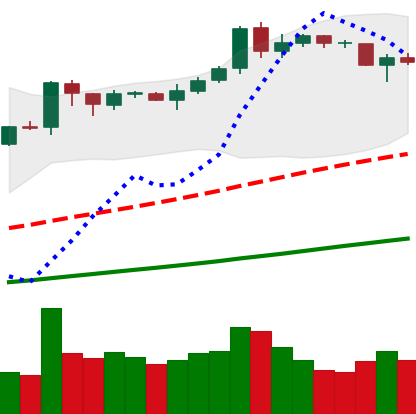
Ticker: BNB-USD
Chart end date: 2019-04-10
Forward return: 6.323%
Label: up_5_7